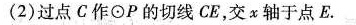
(2)过点C作⊙P的切线CE，交x轴于点E.